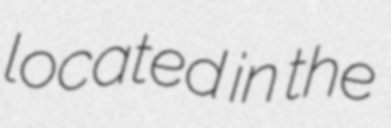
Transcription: located in the